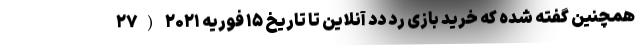
همچنین گفته شده که خرید بازی رد دد آنلاین تا تاریخ ۱۵ فوریه ۲۰۲۱ (۲۷